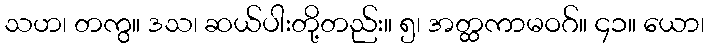
သဟ၊ တကွ။ ဒသ၊ ဆယ်ပါးတို့တည်း။ ၅၊ အတ္ထကာမဝဂ်။ ၄၁။ ယော၊